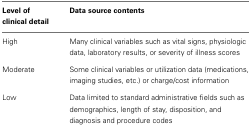
| Level of clinical detail | Data source contents |
 | --- | --- |
 | High | Many clinical variables such as vital signs, physiologic data, laboratory results, or severity of illness scores |
 | Moderate | Some clinical variables or utilization data (medications, imaging studies, etc.) or charge/cost information |
 | Low | Data limited to standard administrative fields such as demographics, length of stay, disposition, and diagnosis and procedure codes |